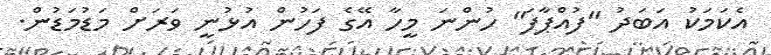
އެކަމަކު އަބަދު "ފުއްޕާފަ" ހުންނަ މީހާ އޭގެ ފަހުން އުޅުނީ ވަރަށް މަޑުމަޑުން.